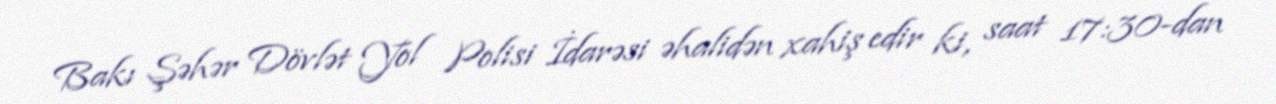
Bakı Şəhər Dövlət Yol Polisi İdarəsi əhalidən xahiş edir ki, saat 17:30-dan